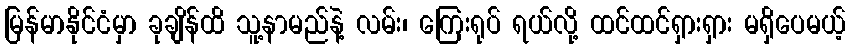
မြန်မာနိုင်ငံမှာ ခုချိန်ထိ သူ့နာမည်နဲ့ လမ်း၊ ကြေးရုပ် ရယ်လို့ ထင်ထင်ရှားရှား မရှိပေမယ့်